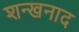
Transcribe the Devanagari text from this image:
शन्खनाद